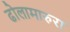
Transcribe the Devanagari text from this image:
ढोलामारुरा